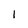
Character: 1